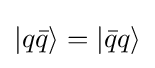
|q{\bar {q}}\rangle =|{\bar {q}}q\rangle